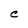
Character: S